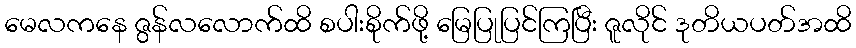
မေလကနေ ဇွန်လလောက်ထိ စပါးစိုက်ဖို့ မြေပြုပြင်ကြပြီး ဇူလိုင် ဒုတိယပတ်အထိ